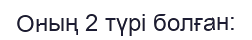
Оның 2 түрі болған: